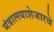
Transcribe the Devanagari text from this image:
मंत्रालयाशेजारचे